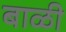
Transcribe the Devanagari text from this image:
बाळी